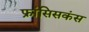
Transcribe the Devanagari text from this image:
फ्रांसिसकंस